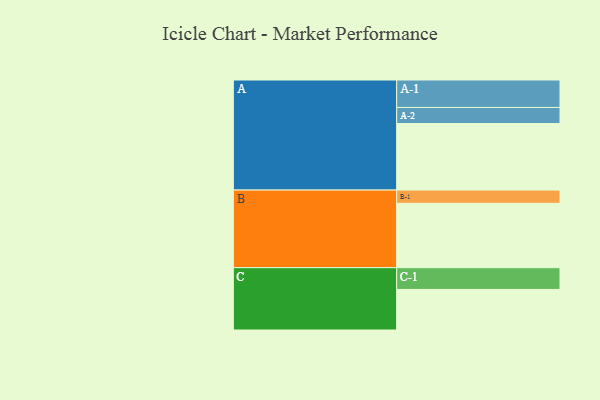
{"axis": {"x": "Segment", "y": "Value"}, "legend": ["", "A", "B", "C"], "data": [{"x": "A", "y": 528, "type": ""}, {"x": "B", "y": 511, "type": ""}, {"x": "C", "y": 322, "type": ""}, {"x": "A-1", "y": 218, "type": "A"}, {"x": "A-2", "y": 128, "type": "A"}, {"x": "B-1", "y": 105, "type": "B"}, {"x": "C-1", "y": 173, "type": "C"}]}